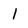
Character: 1